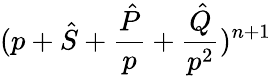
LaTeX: (p+{\hat{S}}+\frac{\hat{P}}{p}+\frac{\hat{Q}}{p^{2}})^{n+1}